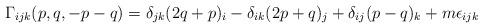
LaTeX: \begin{align*}\Gamma_{ijk}(p,q,-p-q) = \delta_{jk}(2q + p)_i- \delta_{ik}(2p + q)_j + \delta_{ij}(p-q)_k + m \epsilon_{ijk}\end{align*}